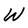
Character: W